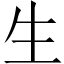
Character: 生